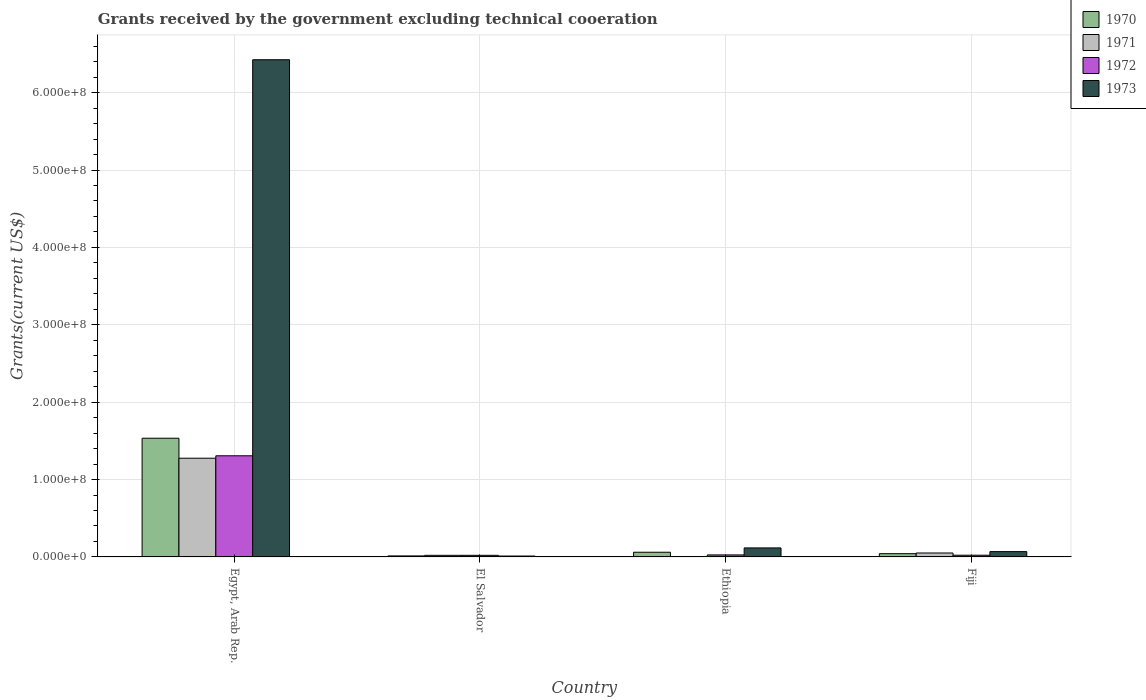
| Country | 1970 | 1971 | 1972 | 1973 |
 | --- | --- | --- | --- | --- |
 | Egypt, Arab Rep. | 1.53e+08 | 1.28e+08 | 1.31e+08 | 6.43e+08 |
 | El Salvador | 1.32e+06 | 2.08e+06 | 2.07e+06 | 1.15e+06 |
 | Ethiopia | 6.05e+06 | -3.91e+06 | 2.6e+06 | 1.16e+07 |
 | Fiji | 4.19e+06 | 5.09e+06 | 2.23e+06 | 6.86e+06 |